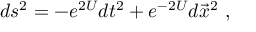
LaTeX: d s ^ { 2 } = - e ^ { 2 U } d t ^ { 2 } + e ^ { - 2 U } d \vec { x } ^ { 2 } \ ,